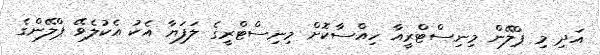
އަދި މި ޕްލޭން މިނިސްޓްރީއާ ހިއްސާކޮށް މިނިސްޓްރީގެ ލަފަޔާ އެކު އެކުލެވޭ ޕްލޭންގެ